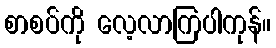
စာစပ်ကို လေ့လာကြပါကုန်။